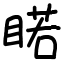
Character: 睰